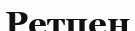
Ретпен